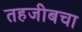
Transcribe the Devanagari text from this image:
तहजीबचा